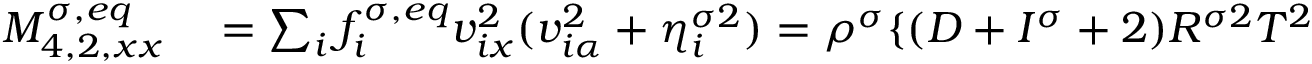
\begin{array} { r } { \begin{array} { r l } { M _ { 4 , 2 , x x } ^ { \sigma , e q } } & { { } = \sum _ { i } f _ { i } ^ { \sigma , e q } v _ { i x } ^ { 2 } ( v _ { i \alpha } ^ { 2 } + \eta _ { i } ^ { \sigma 2 } ) = \rho ^ { \sigma } \{ ( D + I ^ { \sigma } + 2 ) R ^ { \sigma 2 } T ^ { 2 } } \end{array} } \end{array}